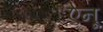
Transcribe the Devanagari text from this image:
ऐनू